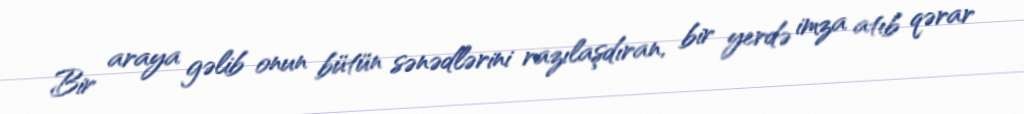
Bir araya gəlib onun bütün sənədlərini razılaşdıran, bir yerdə imza atıb qərar